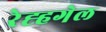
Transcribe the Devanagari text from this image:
रेह्हगेल